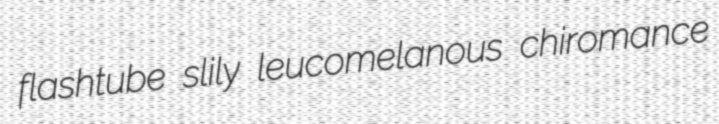
flashtube slily leucomelanous chiromance